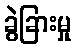
ခွဲခြားမှု